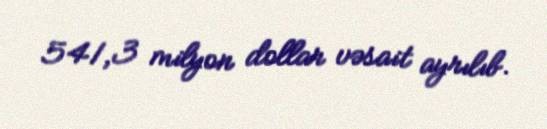
541,3 milyon dollar vəsait ayrılıb.